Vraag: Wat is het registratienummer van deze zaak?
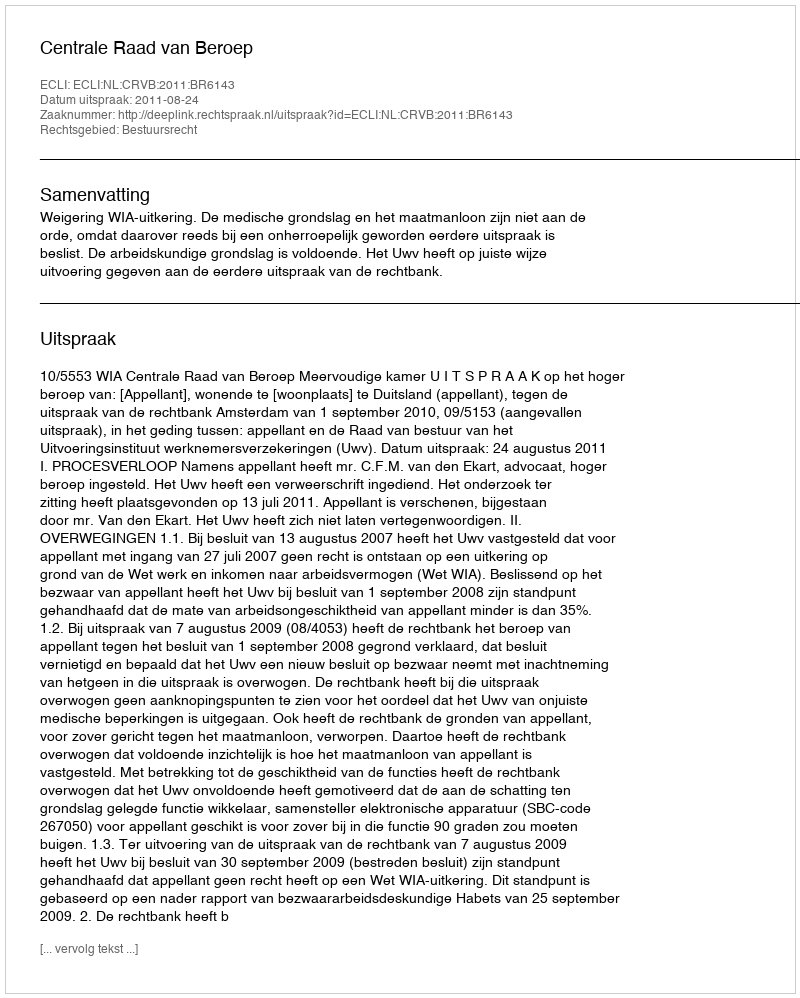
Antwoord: http://deeplink.rechtspraak.nl/uitspraak?id=ECLI:NL:CRVB:2011:BR6143